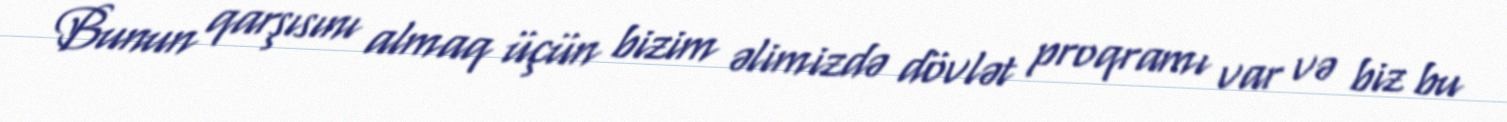
Bunun qarşısını almaq üçün bizim əlimizdə dövlət proqramı var və biz bu